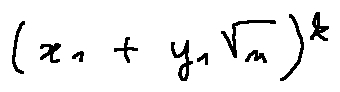
( x _ { 1 } + y _ { 1 } \sqrt { n } ) ^ { k }